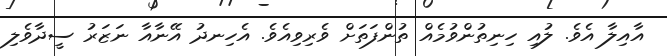
އާއިލާ އެވެ. ލުއި ހިނިތުންވުމެއް ތުންފަތަށް ވެރިވިއެވެ. އެހިނދު އޭނާއާ ނަޒަރު ސީދާވެލި